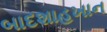
બાદશાહખાન